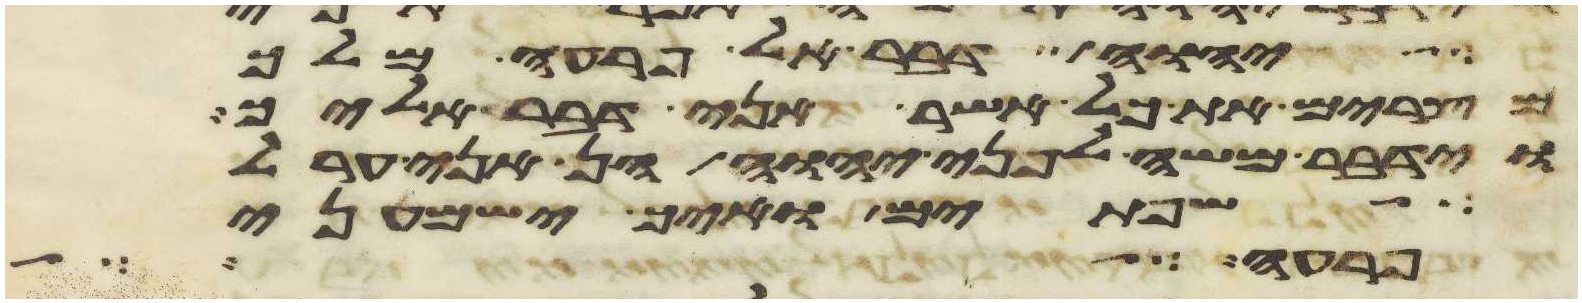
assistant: יהוה דבר אל פרעה מלך
מצרים את כל אשר אני דבר אליך
ויאמר משה לפני יהוה הן אני ערל
שפתים ואיך ישמעני
פרעה על